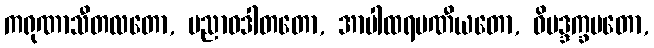
ကရုဏာသီတလတော, ပညာဝဒါတတော, အာပါထရမဏီယတော, ဝိမဒ္ဒက္ခမတော,